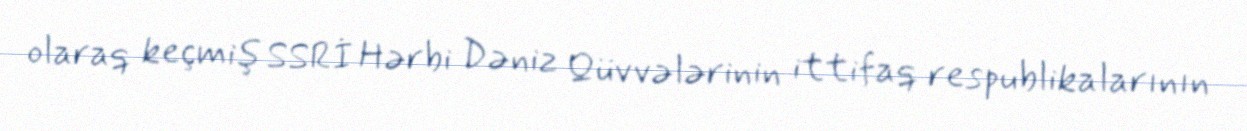
olaraq keçmiş SSRİ Hərbi Dəniz Qüvvələrinin ittifaq respublikalarının